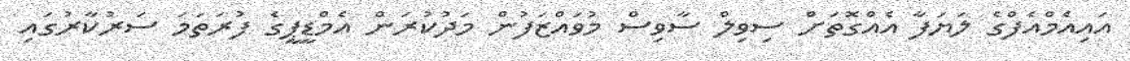
އައިއެމްއެފްގެ ލަޔަފާ އެއްގޮތަށް ސިވިލް ސާވިސް މުވައްޒަފުން މަދުކުރަން އެމްޑީޕީގެ ފުރަތަމަ ސަރުކާރުގައި